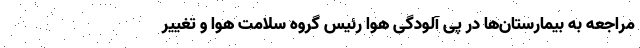
مراجعه به بیمارستان‌‌ها در پی آلودگی هوا رئیس گروه سلامت هوا و تغییر